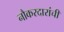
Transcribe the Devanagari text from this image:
नौकरदारांची